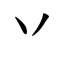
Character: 丷